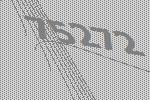
75272